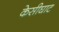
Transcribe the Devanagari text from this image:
केसीघाट